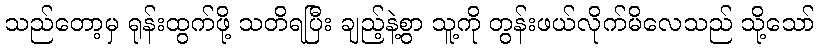
သည်တော့မှ ရုန်းထွက်ဖို့ သတိရပြီး ချည့်နဲ့စွာ သူ့ကို တွန်းဖယ်လိုက်မိလေသည် သို့သော်